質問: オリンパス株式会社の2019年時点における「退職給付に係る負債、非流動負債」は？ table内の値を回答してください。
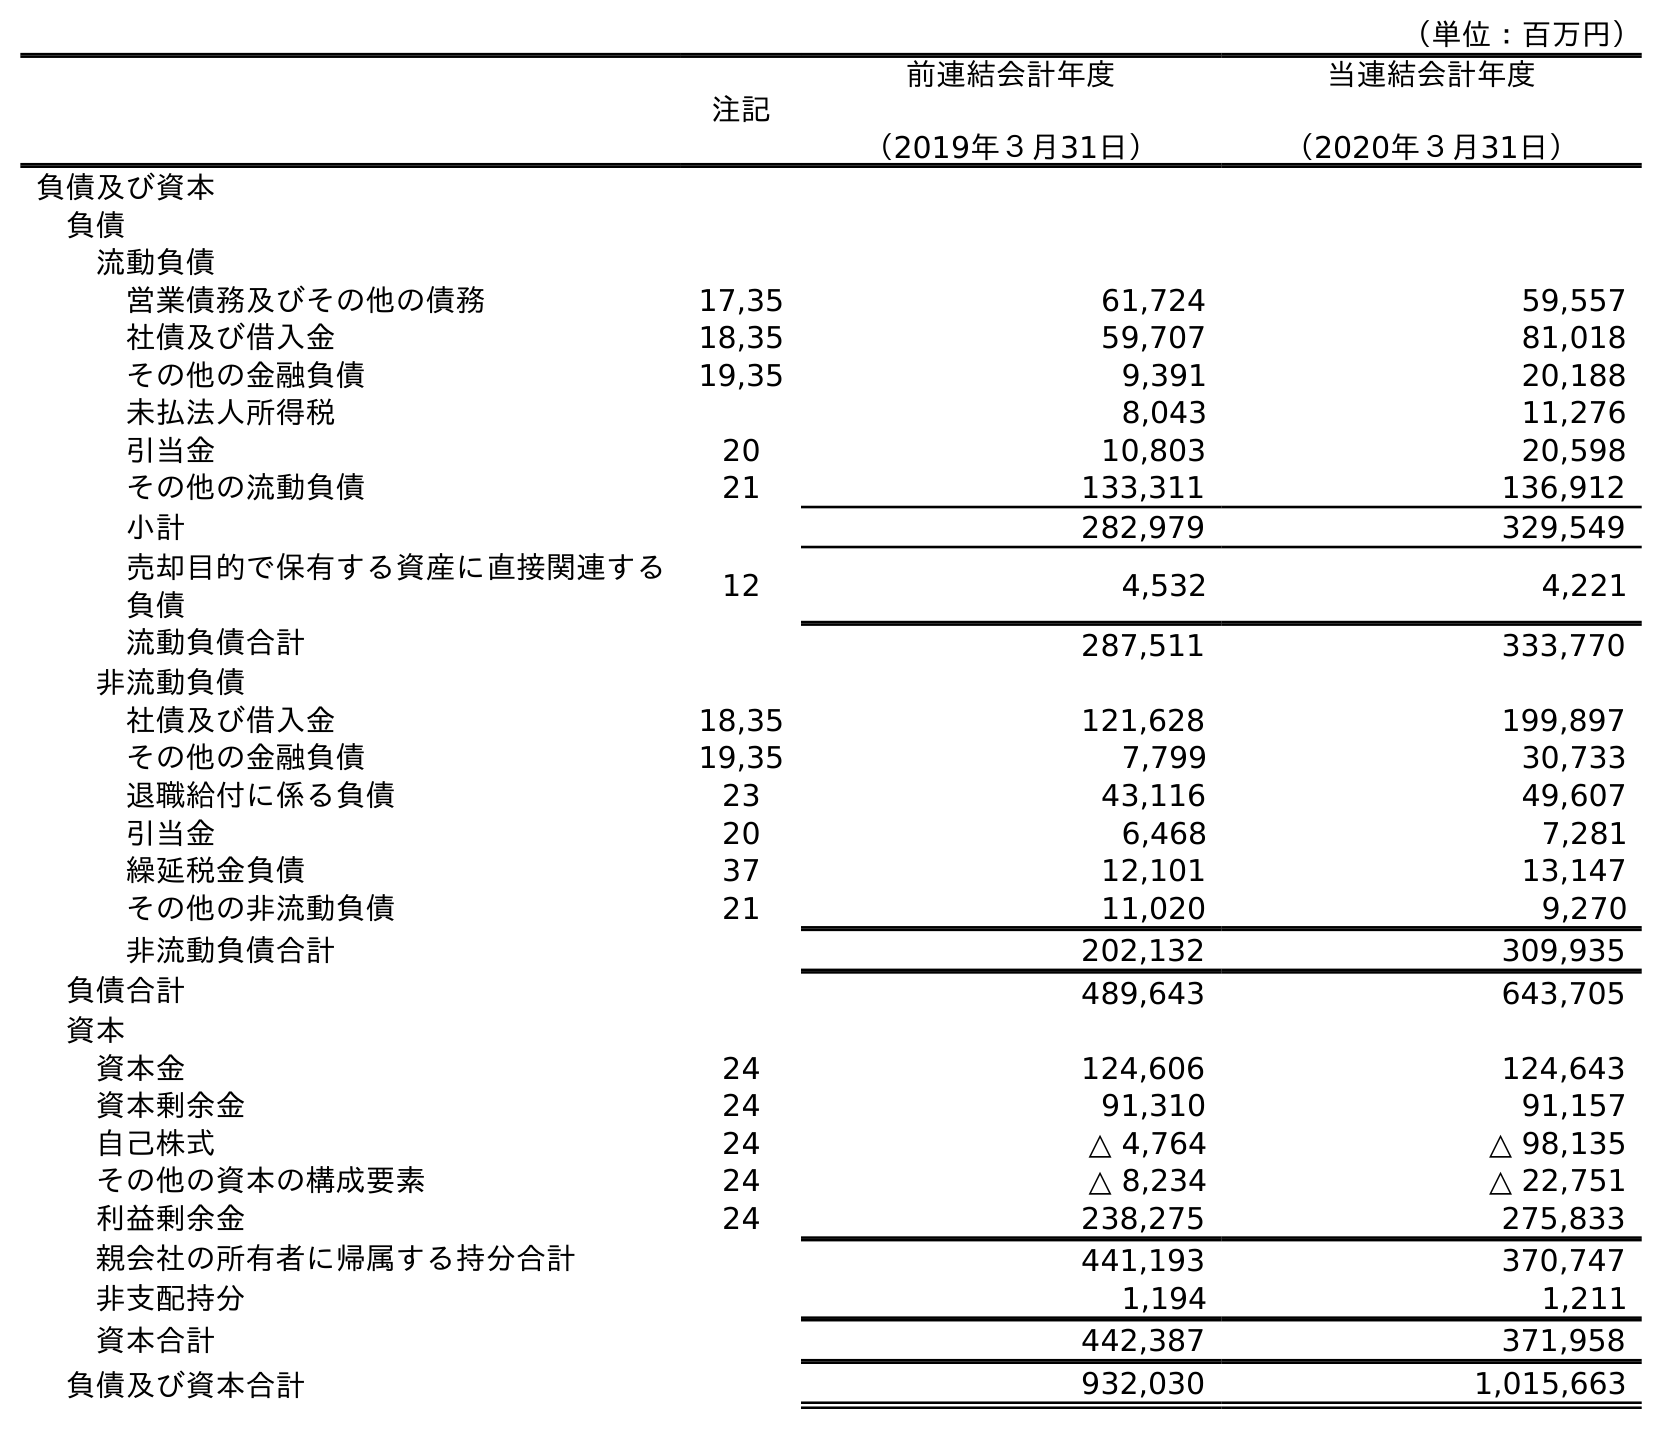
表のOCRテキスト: （単位：百万円） 注記 前連結会計年度 （2019年３月31日） 当連結会計年度 （2020年３月31日） 負債及び資本 負債 流動負債 営業債務及びその他の債務 17,35 61,724 59,557 社債及び借入金 18,35 59,707 81,018 その他の金融負債 19,35 9,391 20,188 未払法人所得税 8,043 11,276 引当金 20 10,803 20,598 その他の流動負債 21 133,311 136,912 小計 282,979 329,549 売却目的で保有する資産に直接関連する 負債 12 4,532 4,221 流動負債合計 287,511 333,770 非流動負債 社債及び借入金 18,35 121,628 199,897 その他の金融負債 19,35 7,799 30,733 退職給付に係る負債 23 43,116 49,607 引当金 20 6,468 7,281 繰延税金負債 37 12,101 13,147 その他の非流動負債 21 11,020 9,270 非流動負債合計 202,132 309,935 負債合計 489,643 643,705 資本 資本金 24 124,606 124,643 資本剰余金 24 91,310 91,157 自己株式 24 △ 4,764 △ 98,135 その他の資本の構成要素 24 △ 8,234 △ 22,751 利益剰余金 24 238,275 275,833 親会社の所有者に帰属する持分合計 441,193 370,747 非支配持分 1,194 1,211 資本合計 442,387 371,958 負債及び資本合計 932,030 1,015,663
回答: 43,116